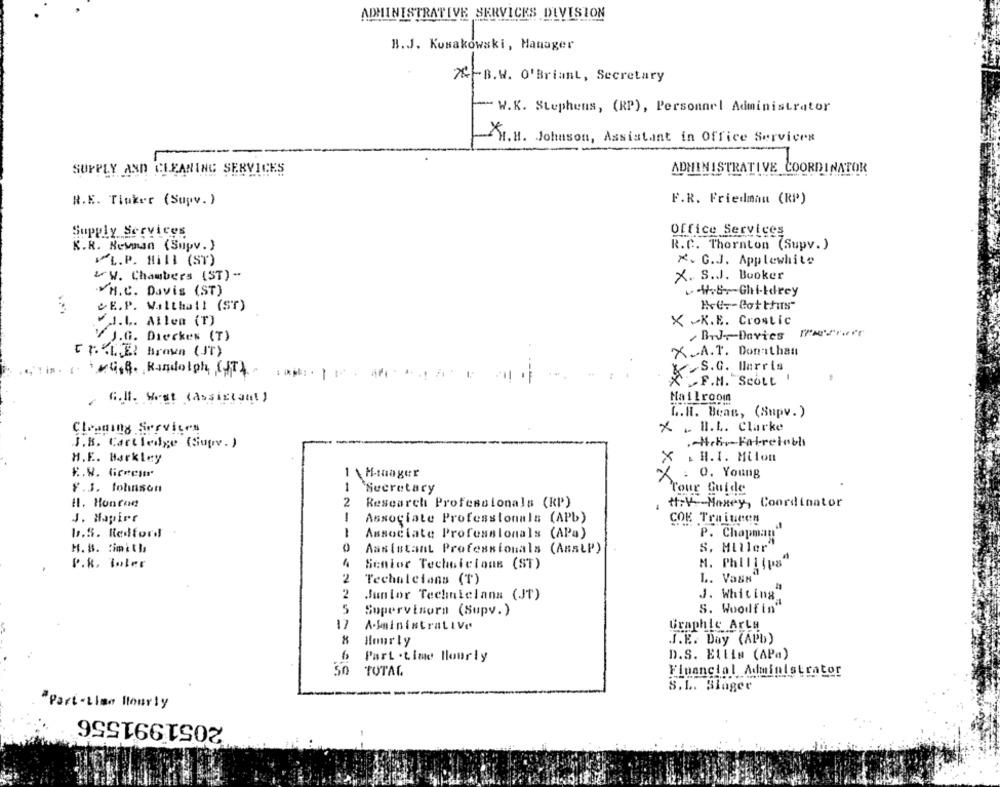
ADMINISTRATIVE SKRVICKS DIVISION
B.J. Kusakowski, Manager
B.W. O'Briant, Secretary
" W.K. Stephens, (RP), Personnel Administrator
.H. Johnson, Assistant in Office Services
SUPPLY AND CLEANING SERVICES
ADMINISTRATIVE COORDINATOR
R.E. Tiuker (Supv.)
F.R. Friedman (RP)
Supply Services
Office Services
K.R. Newman (Supv. }
R.C. Thornton (Supv. )
VL.P. Hill (ST)
x. G.J. Applewhite
&w. Chambers (ST) -
X. S.J. Booker
.H.C. Davis (ST)
4.67Ghi-ldrey
&E.P. Walthall (ST)
J.L. Ailem (T)
X -K.E. Crostic
/ J.G. Dieckes (T)
[PELE Brown (IT)
X .. A.T. Donathan
Y is .
&.S.G. Harris
G.B. Randolph CAT4
X F.M. SCOLt
Golf. West (Assistant )
Mailroom
L.H. Beas, (Supv. )
Cleaning Services
X .. I.L. Clarke
.Net-Fatretoch
J.B. Cartledge (Supv. )
H.E. Barkley
X . H.I. Milon
x
-
Haager
X : 0. Young
×
F.3. fohnson
1
Secretary
Tour Guide
H. Honten
2
Research Professionals (RP)
#:V-Mexey, Coordinator
J. Hapier
-
Associate Professionals (APb)
COE Traiueen
b.S. Redford
1
Associate Professionals (APa)
P. Chapman'
H. B. timith
Assistant Professionals (AnsLP)
S. Miller"
P.R. Ioler
1
Senior Technicians (ST)
M. Phillips"
Technicians (T)
L. Vask
2
Junior Technicians (JT)
J. Whicing
5
Supervisora (Supv.)
S. Woodfin"
17
A.ksinistrative
Graphic Arts
Hourly
I.E. Day (APD)
6
Part . time Hourly
D.S. Ettim (APa)
50
TOTAL
Financial Administrator
S.L. Slager
"Part-time Hourly
2051991556